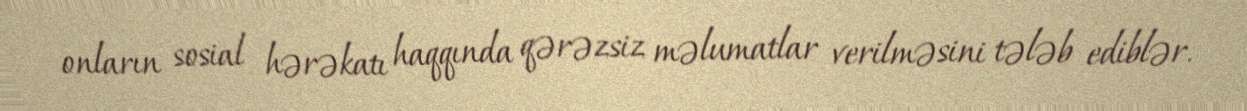
onların sosial hərəkatı haqqında qərəzsiz məlumatlar verilməsini tələb ediblər.